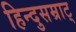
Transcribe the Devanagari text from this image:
हिन्दुसम्राट्